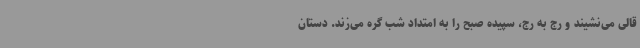
قالی می‌نشیند و رج به رج، سپیده صبح را به امتداد شب گره می‌زند. دستان